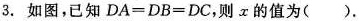
3.如图，已知$$D A = D B = D C$$，则x的值为()。